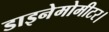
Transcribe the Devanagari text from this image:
डाइनेमोमीटर।